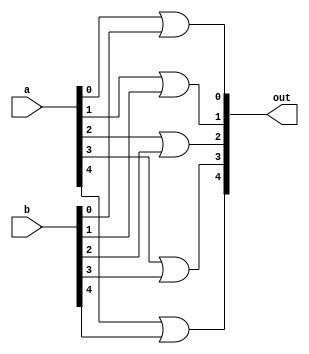
module or_5bit (out, a, b);
input [4:0] a, b;
output [4:0] out;

assign out[0] = a[0] | b[0];
assign out[1] = a[1] | b[1];
assign out[2] = a[2] | b[2];		// inputlarn her biti or land
assign out[3] = a[3] | b[3];
assign out[4] = a[4] | b[4];

endmodule